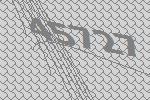
45727